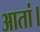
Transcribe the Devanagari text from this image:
आतां।